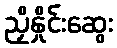
ညှိနှိုင်းဆွေး